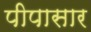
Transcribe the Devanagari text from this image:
पीपासार